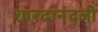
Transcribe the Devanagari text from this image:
शारदानंदजी